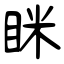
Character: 眯